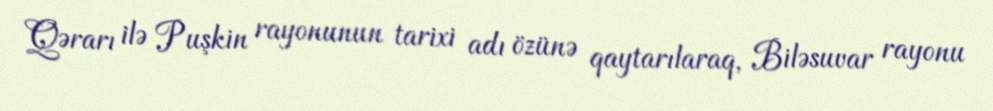
Qərarı ilə Puşkin rayonunun tarixi adı özünə qaytarılaraq, Biləsuvar rayonu